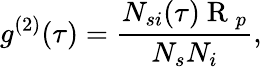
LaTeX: g^{(2)}(\tau)=\frac{N_{si}(\tau)\mathrm{~R~}_{p}}{N_{s}N_{i}},